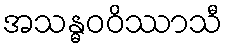
အသန္ဓဝဝိဿာသီ